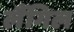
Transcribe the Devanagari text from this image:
लैंगिल